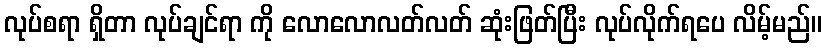
လုပ်စရာ ရှိတာ လုပ်ချင်ရာ ကို လောလောလတ်လတ် ဆုံးဖြတ်ပြီး လုပ်လိုက်ရပေ လိမ့်မည်။